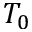
T _ { 0 }